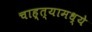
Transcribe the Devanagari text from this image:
चाह्त्यामध्ये